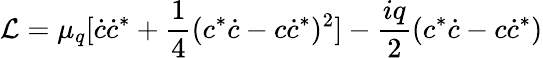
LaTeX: {\cal L}=\mu_{q}[\dot{c}\dot{c}^{*}+\frac{1}{4}(c^{*}\dot{c}-c\dot{c}^{*})^{2}]-\frac{iq}{2}(c^{*}\dot{c}-c\dot{c}^{*})